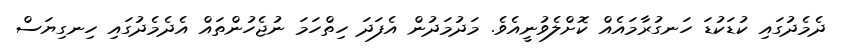
ދެމެދުގައި ކުޑަކުޑަ ހަނގުރާމައެއް ކޮށްލެވުނީއެވެ. މަދުމަދުން އެފަދަ ހިތްހަމަ ނުޖެހުންތައް އެދެމެދުގައި ހިނގިޔަސް